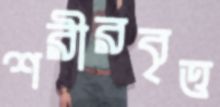
শরীরবৃত্ত